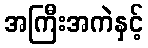
အကြီးအကဲနှင့်